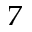
_ 7